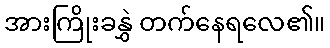
အားကြိုးခနွှဲ တက်နေရလေ၏။